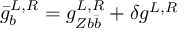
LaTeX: \bar { g } _ { b } ^ { L , R } = g _ { Z b \bar { b } } ^ { L , R } + \delta g ^ { L , R }